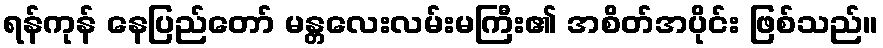
ရန်ကုန် နေပြည်တော် မန္တလေးလမ်းမကြီး၏ အစိတ်အပိုင်း ဖြစ်သည်။